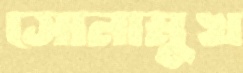
সোনামুখ